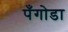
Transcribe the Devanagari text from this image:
पँगोडा